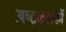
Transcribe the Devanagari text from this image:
अष्टफलकों